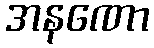
အနဏော